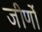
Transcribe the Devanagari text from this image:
जीर्णो